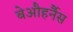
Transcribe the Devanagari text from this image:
बेऔहर्नैस